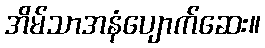
အိမ်သာအနံပျောက်ဆေး။